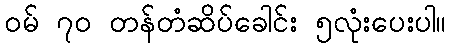
ဝမ် ၇၀ တန်တံဆိပ်ခေါင်း ၅လုံးပေးပါ။